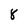
Character: 8